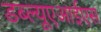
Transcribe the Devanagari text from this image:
डब्ल्यूएआईएस